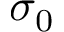
\sigma _ { 0 }